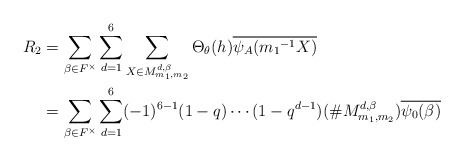
\begin{align*} R_2 &=\sum_{\beta \in F^{\times}}\sum_{d=1}^{6}\sum_{X \in M_{m_{1},m_{2}}^{ d,\beta}}\Theta_{\theta}(h)\overline{\psi_A({m_1}^{-1}X)}\\ &=\sum_{\beta \in F^{\times}} \sum_{d=1}^{6}(-1)^{6-1}(1-q) \cdots (1-q^{d-1})(\# M_{m_{1},m_{2}}^{ d,\beta})\overline{\psi_0(\beta)} \end{align*}